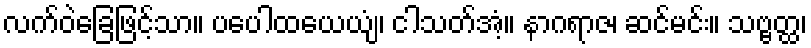
လက်ဝဲခြေဖြင့်သာ။ ပပေါထယေယျံ၊ ငါသတ်အံ့။ နာဂရာဇ၊ ဆင်မင်း။ သဗ္ဗတ္ထ၊